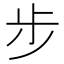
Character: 步